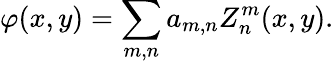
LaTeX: \varphi(x,y)=\sum_{m,n}a_{m,n}Z_{n}^{m}(x,y).